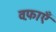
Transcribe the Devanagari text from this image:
वफ़ाएँ